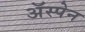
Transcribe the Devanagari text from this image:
अॅस्पेन